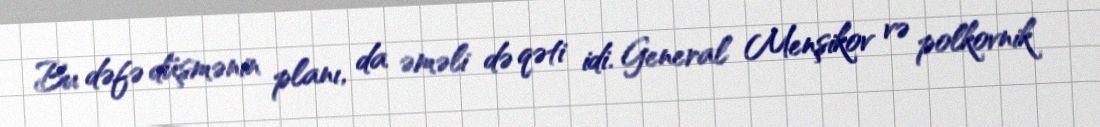
Bu dəfə düşmənin planı, da əməli də qəti idi. General Menşikov və polkovnik